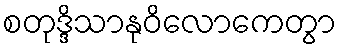
စတုဒ္ဒိသာနုဝိလောကေတွာ